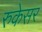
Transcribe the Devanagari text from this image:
रुकेसर